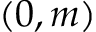
( 0 , m )